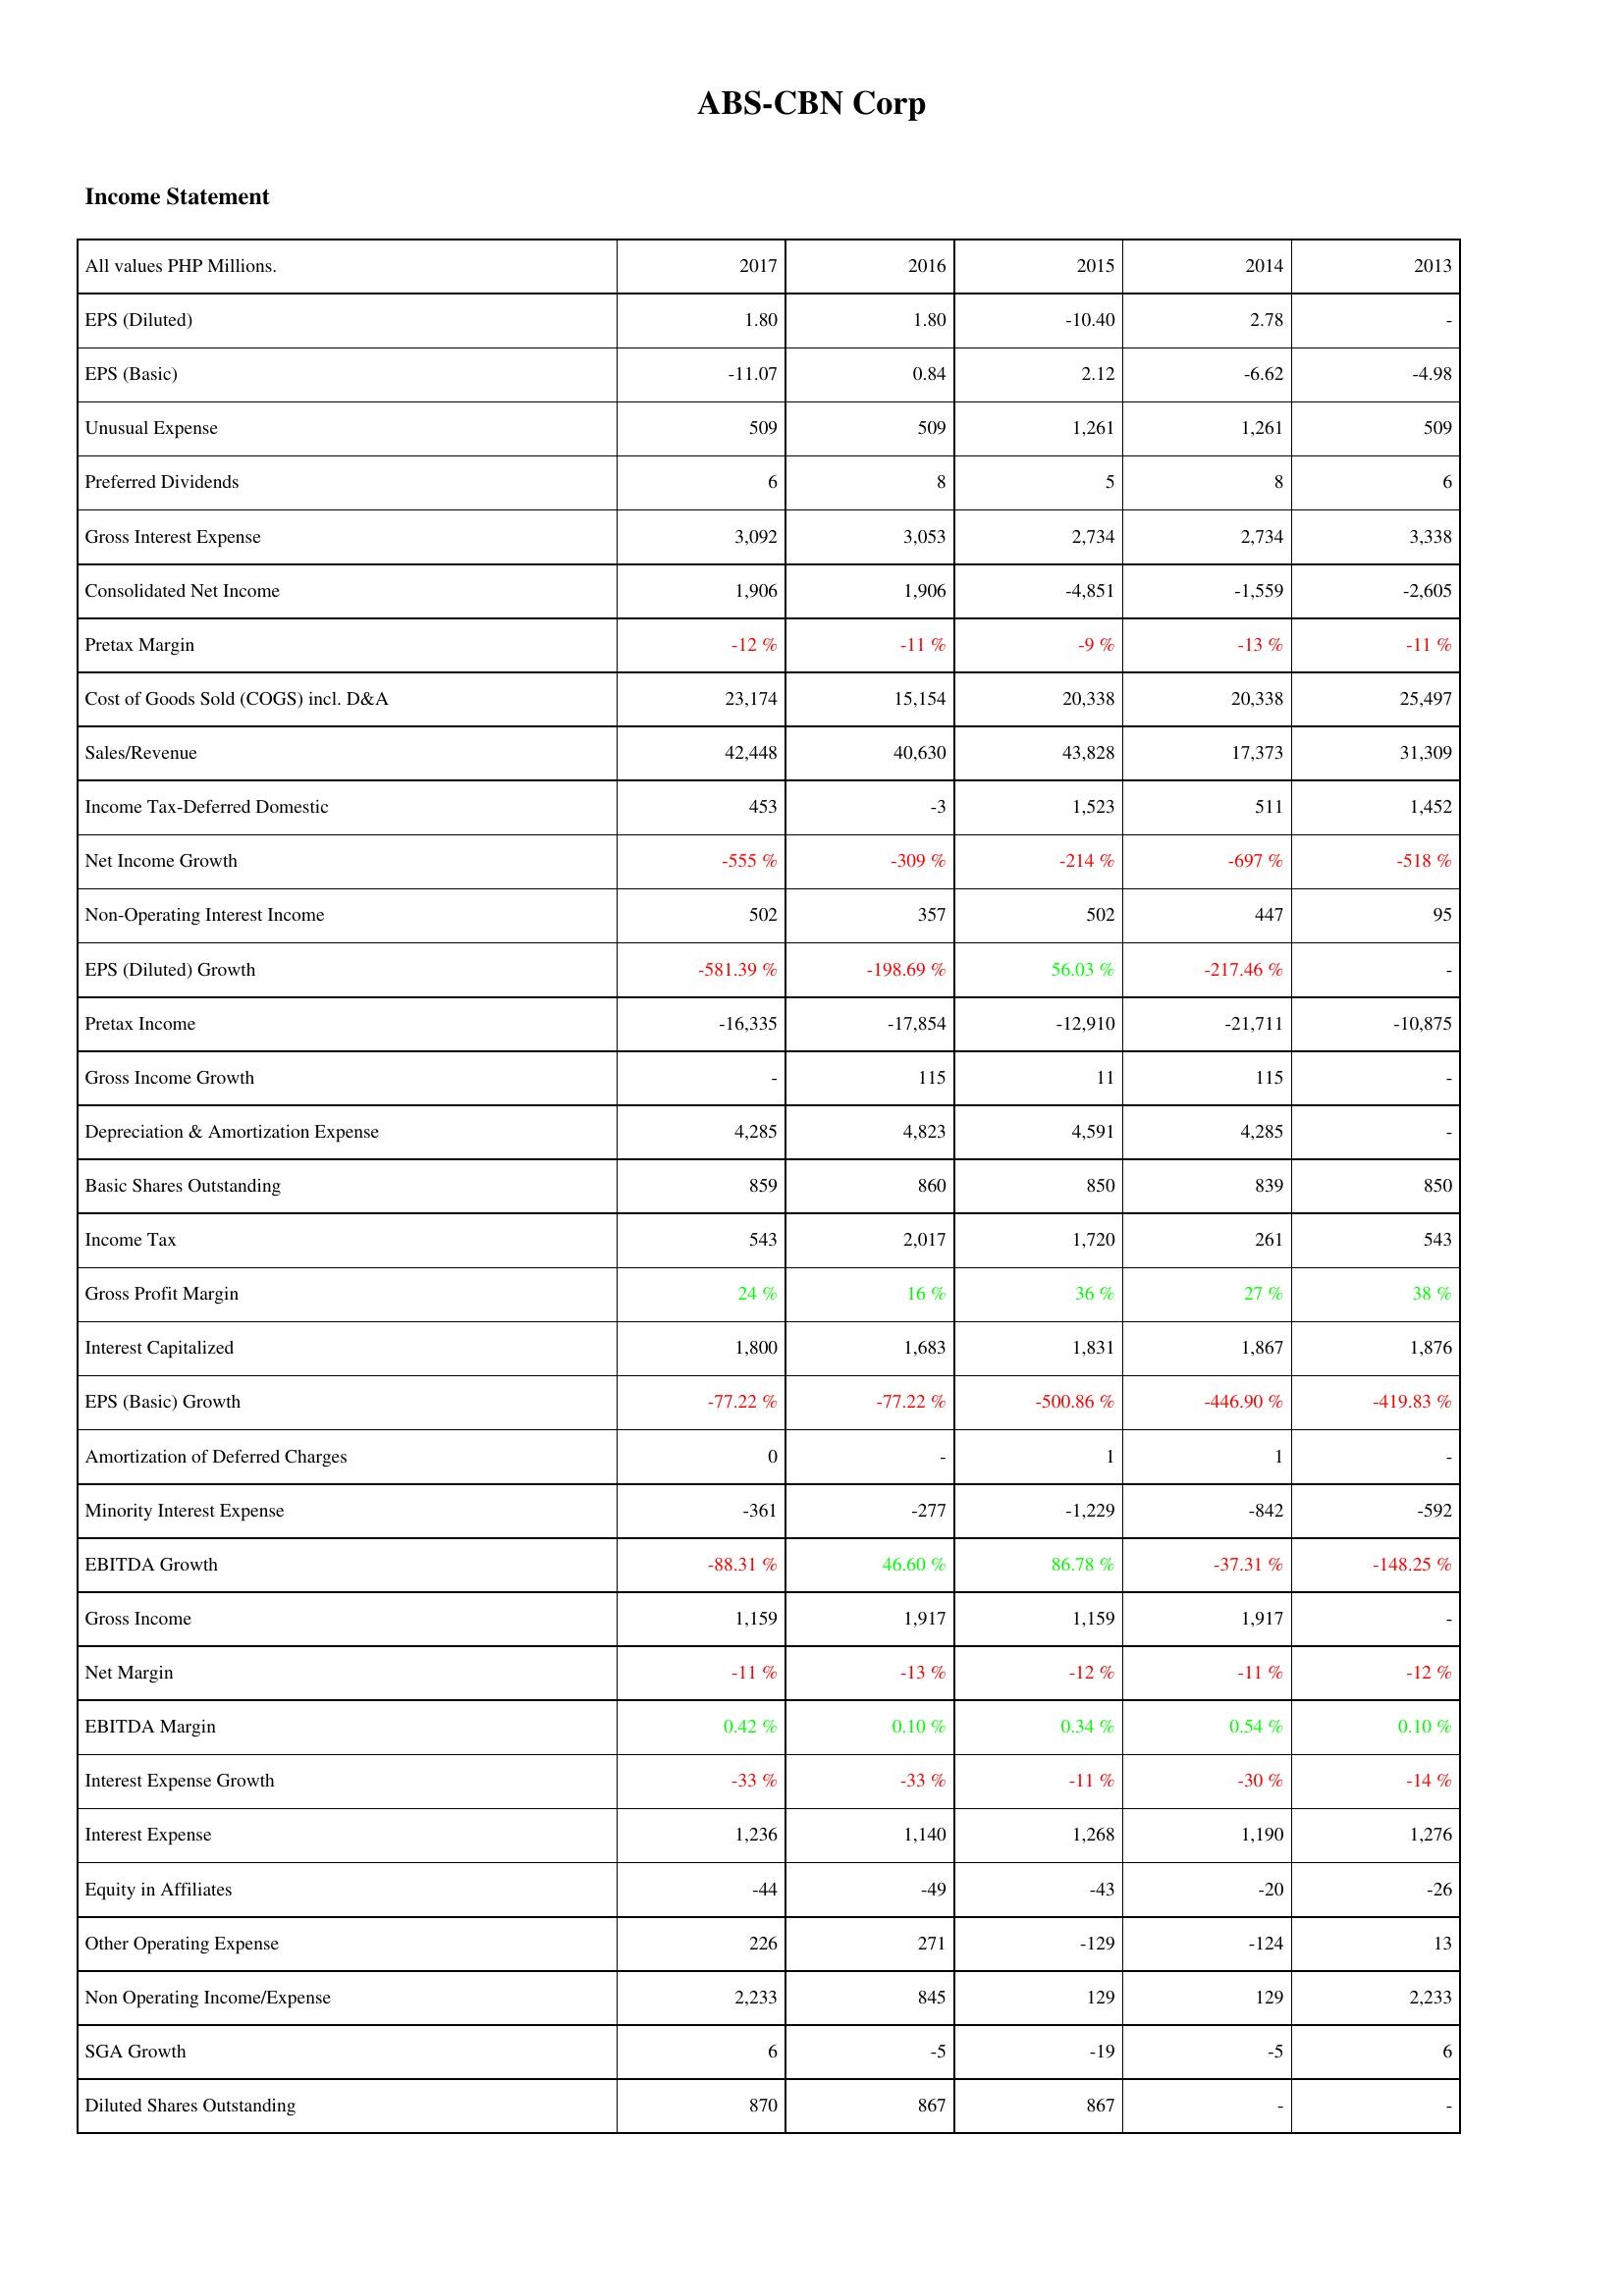
2017: Income Statement: EPS (Diluted): 1.80
EPS (Basic): -11.07
Unusual Expense: 509
Preferred Dividends: 6
Gross Interest Expense: 3,092
Consolidated Net Income: 1,906
Pretax Margin: -12 %
Cost of Goods Sold (COGS) incl. D&A: 23,174
Sales/Revenue: 42,448
Income Tax-Deferred Domestic: 453
Net Income Growth: -555 %
Non-Operating Interest Income: 502
EPS (Diluted) Growth: -581.39 %
Pretax Income: -16,335
Gross Income Growth: -
Depreciation & Amortization Expense: 4,285
Basic Shares Outstanding: 859
Income Tax: 543
Gross Profit Margin: 24 %
Interest Capitalized: 1,800
EPS (Basic) Growth: -77.22 %
Amortization of Deferred Charges: 0
Minority Interest Expense: -361
EBITDA Growth: -88.31 %
Gross Income: 1,159
Net Margin: -11 %
EBITDA Margin: 0.42 %
Interest Expense Growth: -33 %
Interest Expense: 1,236
Equity in Affiliates: -44
Other Operating Expense: 226
Non Operating Income/Expense: 2,233
SGA Growth: 6
Diluted Shares Outstanding: 870
2016: Income Statement: EPS (Diluted): 1.80
EPS (Basic): 0.84
Unusual Expense: 509
Preferred Dividends: 8
Gross Interest Expense: 3,053
Consolidated Net Income: 1,906
Pretax Margin: -11 %
Cost of Goods Sold (COGS) incl. D&A: 15,154
Sales/Revenue: 40,630
Income Tax-Deferred Domestic: -3
Net Income Growth: -309 %
Non-Operating Interest Income: 357
EPS (Diluted) Growth: -198.69 %
Pretax Income: -17,854
Gross Income Growth: 115
Depreciation & Amortization Expense: 4,823
Basic Shares Outstanding: 860
Income Tax: 2,017
Gross Profit Margin: 16 %
Interest Capitalized: 1,683
EPS (Basic) Growth: -77.22 %
Amortization of Deferred Charges: -
Minority Interest Expense: -277
EBITDA Growth: 46.60 %
Gross Income: 1,917
Net Margin: -13 %
EBITDA Margin: 0.10 %
Interest Expense Growth: -33 %
Interest Expense: 1,140
Equity in Affiliates: -49
Other Operating Expense: 271
Non Operating Income/Expense: 845
SGA Growth: -5
Diluted Shares Outstanding: 867
2015: Income Statement: EPS (Diluted): -10.40
EPS (Basic): 2.12
Unusual Expense: 1,261
Preferred Dividends: 5
Gross Interest Expense: 2,734
Consolidated Net Income: -4,851
Pretax Margin: -9 %
Cost of Goods Sold (COGS) incl. D&A: 20,338
Sales/Revenue: 43,828
Income Tax-Deferred Domestic: 1,523
Net Income Growth: -214 %
Non-Operating Interest Income: 502
EPS (Diluted) Growth: 56.03 %
Pretax Income: -12,910
Gross Income Growth: 11
Depreciation & Amortization Expense: 4,591
Basic Shares Outstanding: 850
Income Tax: 1,720
Gross Profit Margin: 36 %
Interest Capitalized: 1,831
EPS (Basic) Growth: -500.86 %
Amortization of Deferred Charges: 1
Minority Interest Expense: -1,229
EBITDA Growth: 86.78 %
Gross Income: 1,159
Net Margin: -12 %
EBITDA Margin: 0.34 %
Interest Expense Growth: -11 %
Interest Expense: 1,268
Equity in Affiliates: -43
Other Operating Expense: -129
Non Operating Income/Expense: 129
SGA Growth: -19
Diluted Shares Outstanding: 867
2014: Income Statement: EPS (Diluted): 2.78
EPS (Basic): -6.62
Unusual Expense: 1,261
Preferred Dividends: 8
Gross Interest Expense: 2,734
Consolidated Net Income: -1,559
Pretax Margin: -13 %
Cost of Goods Sold (COGS) incl. D&A: 20,338
Sales/Revenue: 17,373
Income Tax-Deferred Domestic: 511
Net Income Growth: -697 %
Non-Operating Interest Income: 447
EPS (Diluted) Growth: -217.46 %
Pretax Income: -21,711
Gross Income Growth: 115
Depreciation & Amortization Expense: 4,285
Basic Shares Outstanding: 839
Income Tax: 261
Gross Profit Margin: 27 %
Interest Capitalized: 1,867
EPS (Basic) Growth: -446.90 %
Amortization of Deferred Charges: 1
Minority Interest Expense: -842
EBITDA Growth: -37.31 %
Gross Income: 1,917
Net Margin: -11 %
EBITDA Margin: 0.54 %
Interest Expense Growth: -30 %
Interest Expense: 1,190
Equity in Affiliates: -20
Other Operating Expense: -124
Non Operating Income/Expense: 129
SGA Growth: -5
Diluted Shares Outstanding: -
2013: Income Statement: EPS (Diluted): -
EPS (Basic): -4.98
Unusual Expense: 509
Preferred Dividends: 6
Gross Interest Expense: 3,338
Consolidated Net Income: -2,605
Pretax Margin: -11 %
Cost of Goods Sold (COGS) incl. D&A: 25,497
Sales/Revenue: 31,309
Income Tax-Deferred Domestic: 1,452
Net Income Growth: -518 %
Non-Operating Interest Income: 95
EPS (Diluted) Growth: -
Pretax Income: -10,875
Gross Income Growth: -
Depreciation & Amortization Expense: -
Basic Shares Outstanding: 850
Income Tax: 543
Gross Profit Margin: 38 %
Interest Capitalized: 1,876
EPS (Basic) Growth: -419.83 %
Amortization of Deferred Charges: -
Minority Interest Expense: -592
EBITDA Growth: -148.25 %
Gross Income: -
Net Margin: -12 %
EBITDA Margin: 0.10 %
Interest Expense Growth: -14 %
Interest Expense: 1,276
Equity in Affiliates: -26
Other Operating Expense: 13
Non Operating Income/Expense: 2,233
SGA Growth: 6
Diluted Shares Outstanding: -